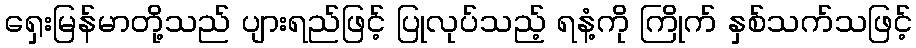
ရှေးမြန်မာတို့သည် ပျားရည်ဖြင့် ပြုလုပ်သည့် ရနံ့ကို ကြိုက် နှစ်သက်သဖြင့်